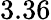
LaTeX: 3.36